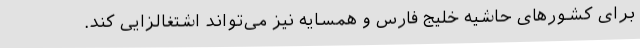
برای کشورهای حاشیه خلیج فارس و همسایه نیز می‌تواند اشتغالزایی کند.